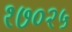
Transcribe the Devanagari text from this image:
१७०२५